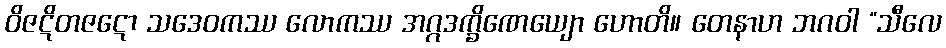
ဝိဇဋိတဇဋော သဒေဝကဿ လောကဿ အဂ္ဂဒက္ခိဏေယျော ဟောတိ။ တေနာဟ ဘဂဝါ “သီလေ